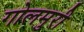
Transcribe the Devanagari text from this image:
गोलमुरी